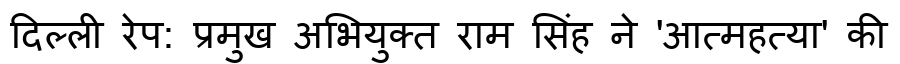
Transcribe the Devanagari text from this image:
दिल्ली रेप: प्रमुख अभियुक्त राम सिंह ने 'आत्महत्या' की